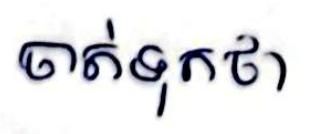
ចាត់ទុកថា